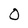
Character: O